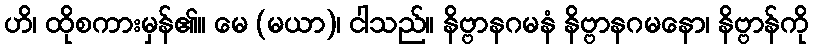
ဟိ၊ ထိုစကားမှန်၏။ မေ (မယာ)၊ ငါသည်။ နိဗ္ဗာနဂမနံ နိဗ္ဗာနဂမနော၊ နိဗ္ဗာန်ကို